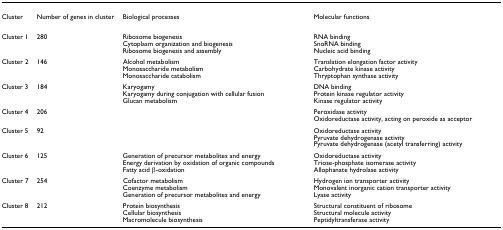
<table><thead><tr><td><b>Cluster</b></td><td><b>Number of genes in cluster</b></td><td><b>Biological processes</b></td><td><b>Molecular functions</b></td></tr></thead><tbody><tr><td>Cluster 1</td><td>280</td><td>Ribosome biogenesisCytoplasm organization and biogenesisRibosome biogenesis and assembly</td><td>RNA bindingSnoRNA bindingNucleic acid binding</td></tr><tr><td>Cluster 2</td><td>146</td><td>Alcohol metabolismMonosaccharide metabolismMonosaccharide catabolism</td><td>Translation elongation factor activityCarbohydrate kinase activityThryptophan synthase activity</td></tr><tr><td>Cluster 3</td><td>184</td><td>KaryogamyKaryogamy during conjugation with cellular fusionGlucan metabolism</td><td>DNA bindingProtein kinase regulator activityKinase regulator activity</td></tr><tr><td>Cluster 4</td><td>206</td><td></td><td>Peroxidase activityOxidoreductase activity, acting on peroxide as acceptor</td></tr><tr><td>Cluster 5</td><td>92</td><td></td><td>Oxidoreductase activityPyruvate dehydrogenase activityPyruvate dehydrogenase (acetyl transferring) activity</td></tr><tr><td>Cluster 6</td><td>125</td><td>Generation of precursor metabolites and energyEnergy derivation by oxidation of organic compoundsFatty acid β-oxidation</td><td>Oxidoreductase activityTriose-phosphate isomerase activityAllophanate hydrolase activity</td></tr><tr><td>Cluster 7</td><td>254</td><td>Cofactor metabolismCoenzyme metabolismGeneration of precursor metabolites and energy</td><td>Hydrogen ion transporter activityMonovalent inorganic cation transporter activityLyase activity</td></tr><tr><td>Cluster 8</td><td>212</td><td>Protein biosynthesisCellular biosynthesisMacromolecule biosynthesis</td><td>Structural constituent of ribosomeStructural molecule activityPeptidyltransferase activity</td></tr></tbody></table>